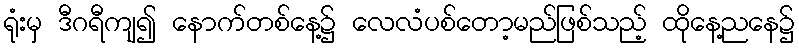
ရုံးမှ ဒီဂရီကျ၍ နောက်တစ်နေ့၌ လေလံပစ်တော့မည်ဖြစ်သည့် ထိုနေ့ညနေ၌